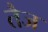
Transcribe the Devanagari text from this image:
तैज